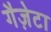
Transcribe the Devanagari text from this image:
गैज़ेटा